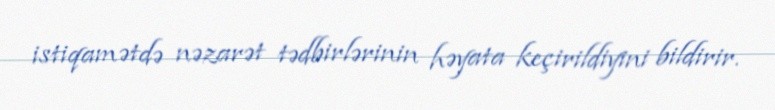
istiqamətdə nəzarət tədbirlərinin həyata keçirildiyini bildirir.